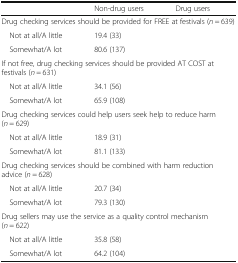
<table><thead><tr><td>[EMPTY_CELL]</td><td><b>Non-drug users</b></td><td><b>Drug users</b></td></tr></thead><tbody><tr><td colspan="3">Drug checking services should be provided for FREE at festivals (<i>n</i> = 639)</td></tr><tr><td> Not at all/A little</td><td>19.4 (33)</td><td>[EMPTY_CELL]</td></tr><tr><td> Somewhat/A lot</td><td>80.6 (137)</td><td>[EMPTY_CELL]</td></tr><tr><td colspan="3">If not free, drug checking services should be provided AT COST at festivals (<i>n</i> = 631)</td></tr><tr><td> Not at all/A little</td><td>34.1 (56)</td><td>[EMPTY_CELL]</td></tr><tr><td> Somewhat/A lot</td><td>65.9 (108)</td><td>[EMPTY_CELL]</td></tr><tr><td colspan="3">Drug checking services could help users seek help to reduce harm (<i>n</i> = 629)</td></tr><tr><td> Not at all/A little</td><td>18.9 (31)</td><td>[EMPTY_CELL]</td></tr><tr><td> Somewhat/A lot</td><td>81.1 (133)</td><td>[EMPTY_CELL]</td></tr><tr><td colspan="3">Drug checking services should be combined with harm reduction advice (<i>n</i> = 628)</td></tr><tr><td> Not at all/A little</td><td>20.7 (34)</td><td>[EMPTY_CELL]</td></tr><tr><td> Somewhat/A lot</td><td>79.3 (130)</td><td>[EMPTY_CELL]</td></tr><tr><td colspan="3">Drug sellers may use the service as a quality control mechanism (<i>n</i> = 622)</td></tr><tr><td> Not at all/A little</td><td>35.8 (58)</td><td>[EMPTY_CELL]</td></tr><tr><td> Somewhat/A lot</td><td>64.2 (104)</td><td>[EMPTY_CELL]</td></tr></tbody></table>